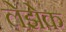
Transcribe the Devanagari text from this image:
लेझेक